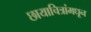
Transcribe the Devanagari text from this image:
छायाचित्रांमधून